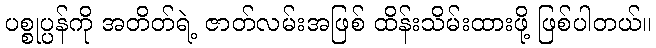
ပစ္စုပ္ပန်ကို အတိတ်ရဲ့ ဇာတ်လမ်းအဖြစ် ထိန်းသိမ်းထားဖို့ ဖြစ်ပါတယ်။